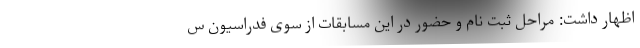
اظهار داشت: مراحل ثبت نام و حضور در این مسابقات از سوی فدراسیون س